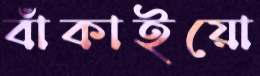
বাঁকাইয়ো